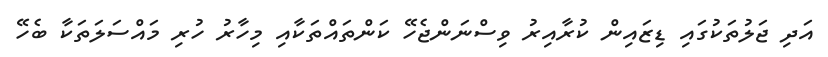
އަދި ޖަލުތަކުގައި ޑިޒައިން ކުރާއިރު ވިސްނަންޖެހޭ ކަންތައްތަކާއި މިހާރު ހުރި މައްސަލަތަކާ ބެހޭ